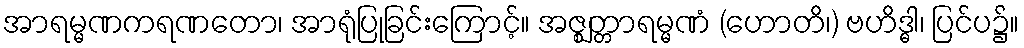
အာရမ္မဏကရဏတော၊ အာရုံပြုခြင်းကြောင့်။ အဇ္ဈတ္တာရမ္မဏံ (ဟောတိ၊) ဗဟိဒ္ဓါ၊ ပြင်ပ၌။